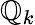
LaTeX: \mathbb{Q}_{k}